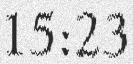
15:23